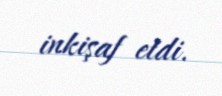
inkişaf etdi.